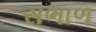
સભાળ